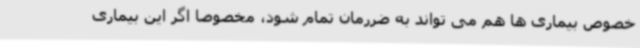
خصوص بیماری ها هم می تواند به ضررمان تمام شود، مخصوصا اگر این بیماری